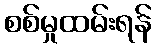
စစ်မှုထမ်းရန်